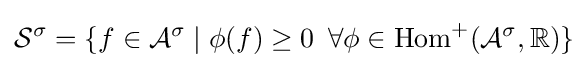
{\mathcal {S}}^{\sigma }=\{f\in {\mathcal {A}}^{\sigma }\mid \phi (f)\geq 0\,\,\,\forall \phi \in \operatorname {Hom} ^{+}({\mathcal {A}}^{\sigma },\mathbb {R} )\}